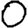
Digit: 0